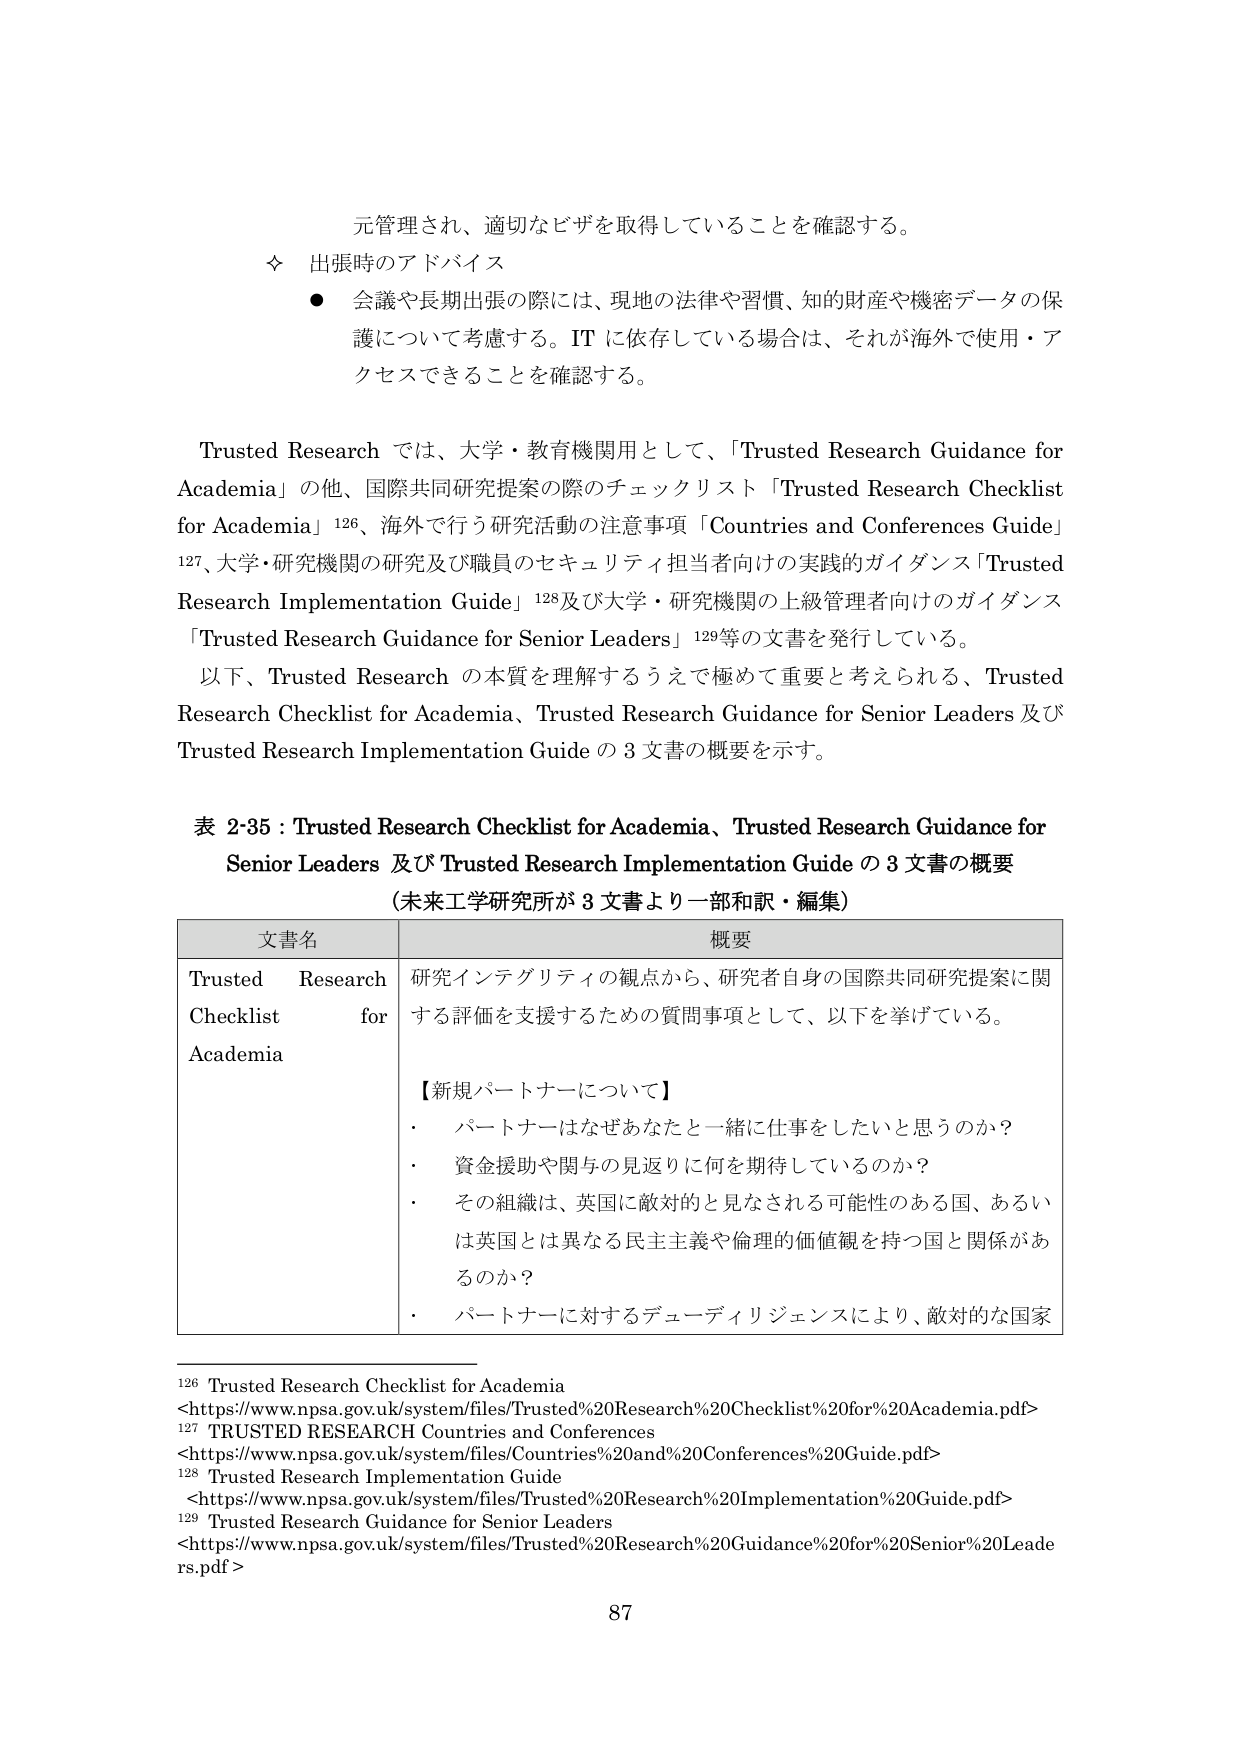
元管理され、適切なビザを取得していることを確認する。

◇ 出張時のアドバイス
● 会議や長期出張の際には、現地の法律や習慣、知的財産や機密データの保護について考慮する。IT に依存している場合は、それが海外で使用・アクセスできることを確認する。

Trusted Research では、大学・教育機関用として、「Trusted Research Guidance for Academia」の他、国際共同研究提案の際のチェックリスト「Trusted Research Checklist for Academia」¹²⁶、海外で行う研究活動の注意事項「Countries and Conferences Guide」¹²⁷、大学・研究機関の研究及び職員のセキュリティ担当者向けの実践的ガイダンス「Trusted Research Implementation Guide」¹²⁸及び大学・研究機関の上級管理者向けのガイダンス「Trusted Research Guidance for Senior Leaders」¹²⁹等の文書を発行している。

以下、Trusted Research の本質を理解するうえで極めて重要と考えられる、Trusted Research Checklist for Academia、Trusted Research Guidance for Senior Leaders 及び Trusted Research Implementation Guide の3文書の概要を示す。

表 2-35：Trusted Research Checklist for Academia、Trusted Research Guidance for Senior Leaders 及び Trusted Research Implementation Guide の3文書の概要
（未来工学研究所が3文書より一部和訳・編集）

| 文書名 | 概要 |
|---|---|
| Trusted Research Checklist for Academia | 研究インテグリティの観点から、研究者自身の国際共同研究提案に関する評価を支援するための質問事項として、以下を挙げている。<br><br>【新規パートナーについて】<br>・ パートナーはなぜあなたと一緒に仕事をしたいと思うのか？<br>・ 資金援助や関与の見返りに何を期待しているのか？<br>・ その組織は、英国に敵対的と見なされる可能性のある国、あるいは英国とは異なる民主主義や倫理的価値観を持つ国と関係があるのか？<br>・ パートナーに対するデューディリジェンスにより、敵対的な国家 |

¹²⁶ Trusted Research Checklist for Academia<br><https://www.npsa.gov.uk/system/files/Trusted%20Research%20Checklist%20for%20Academia.pdf>

¹²⁷ TRUSTED RESEARCH Countries and Conferences<br><https://www.npsa.gov.uk/system/files/Countries%20and%20Conferences%20Guide.pdf>

¹²⁸ Trusted Research Implementation Guide<br><https://www.npsa.gov.uk/system/files/Trusted%20Research%20Implementation%20Guide.pdf>

¹²⁹ Trusted Research Guidance for Senior Leaders<br><https://www.npsa.gov.uk/system/files/Trusted%20Research%20Guidance%20for%20Senior%20Leaders.pdf>

87